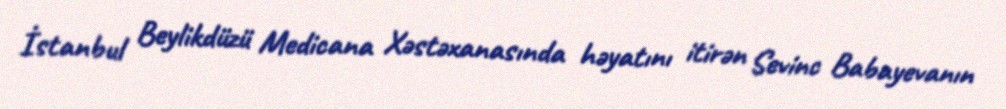
İstanbul Beylikdüzü Medicana Xəstəxanasında həyatını itirən Sevinc Babayevanın